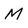
Character: M